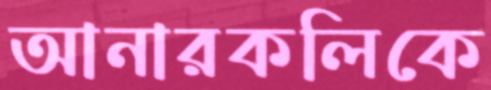
আনারকলিকে